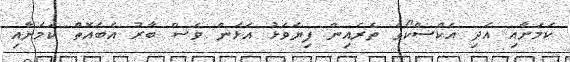
ކަމަށާއި އަދި އެކްސްކޯގެ ތެރެއިން ފިޔަވަޅު އަޅަން ވެސް ބާރު އެބައޮތް ކަމަށާއި